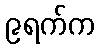
၉ရက်က